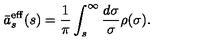
\bar { a } _ { s } ^ { \mathrm { e f f } } ( s ) = \frac { 1 } { \pi } \int _ { s } ^ { \infty } \frac { d \sigma } { \sigma } \rho ( \sigma ) .